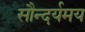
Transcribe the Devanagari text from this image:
सौन्दर्यमय